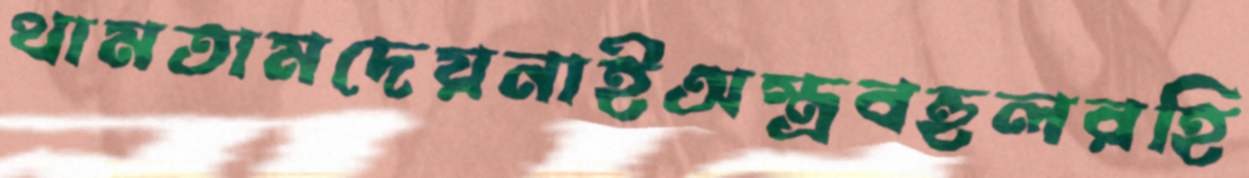
থামতামদেয়নাইঅস্ত্রবহুলরহি